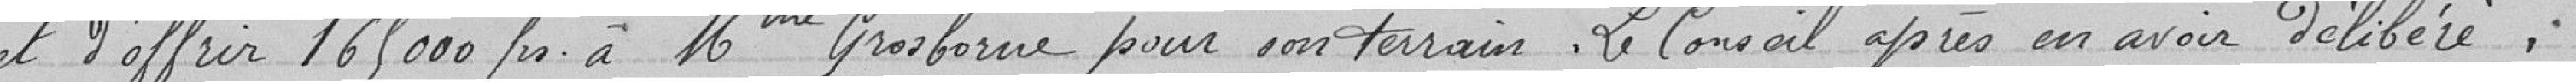
et d'offrir 165000 frs à Mr Grosborne pour son terrain. Le Conseil après en avoir délibéré.